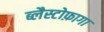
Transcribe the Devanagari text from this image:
ब्लैस्टोफ़ागा